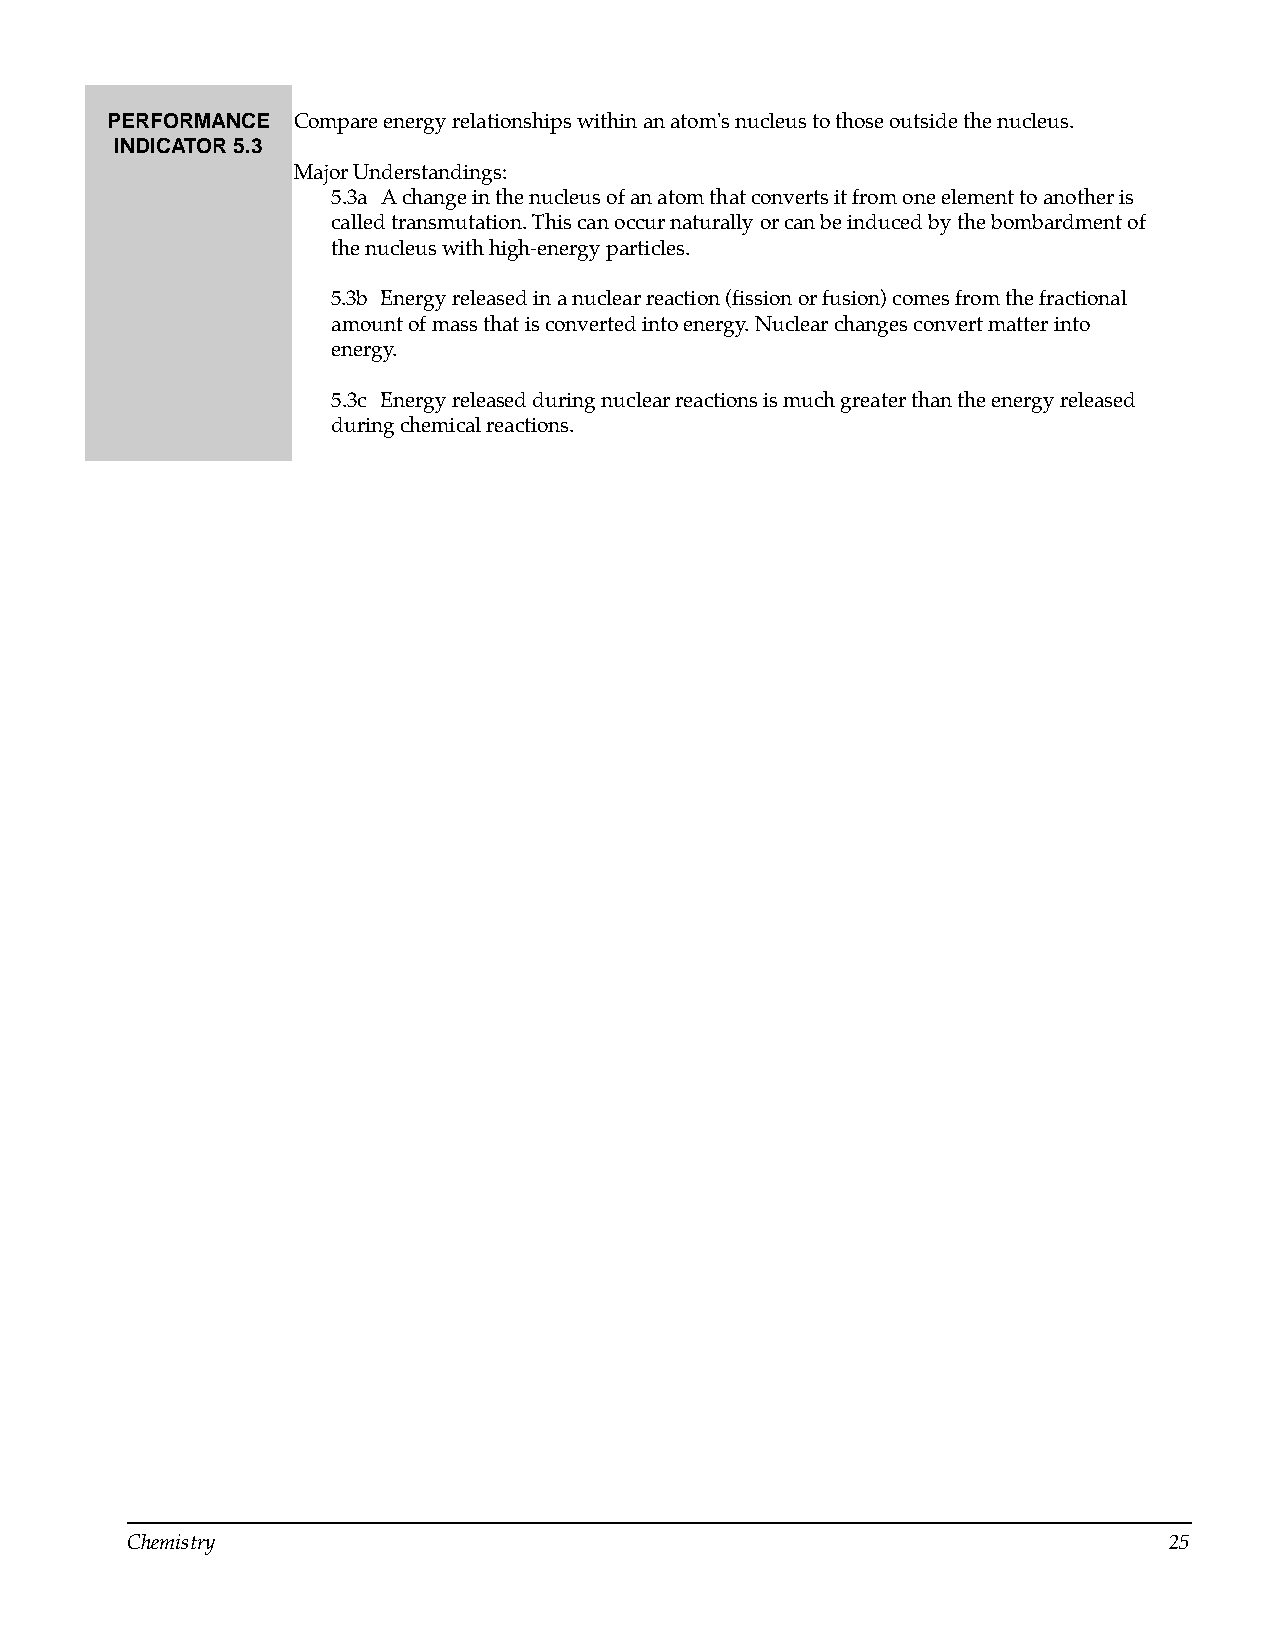
PERFORMANCE Compare energy relationships within an atom's nucleus to those outside the nucleus.
 INDICATOR 5.3
 Major Understandings:
 5.3a A change in the nucleus of an atom that converts it from one element to another is
 called transmutation. This can occur naturally or can be induced by the bombardment of
 the nucleus with high-energy particles.
 5.3b Energy released in a nuclear reaction (fission or fusion) comes from the fractional
 amount of mass that is converted into energy. Nuclear changes convert matter into
 energy.
 5.3c Energy released during nuclear reactions is much greater than the energy released
 during chemical reactions.
 Chemistry                                                            25